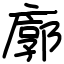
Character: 廓